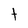
Character: t